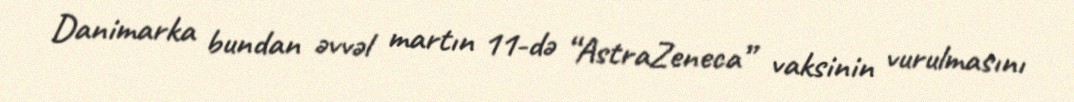
Danimarka bundan əvvəl martın 11-də “AstraZeneca” vaksinin vurulmasını